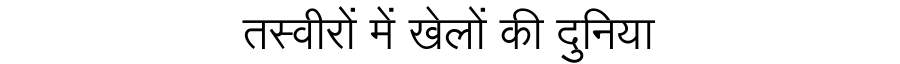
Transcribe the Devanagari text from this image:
तस्वीरों में खेलों की दुनिया